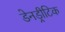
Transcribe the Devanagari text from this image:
डेनड्रीटिक